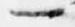
一